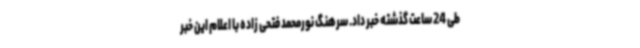
طی 24 ساعت گذشته خبر داد. سرهنگ نورمحمد فتحی زاده با اعلام این خبر